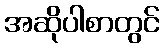
အဆိုပါစာတွင်